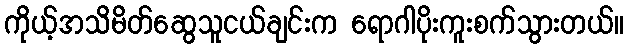
ကိုယ့်အသိမိတ်ဆွေသူငယ်ချင်းက ရောဂါပိုးကူးစက်သွားတယ်။